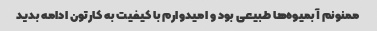
ممنونم آبمیوه‌ها طبیعی بود و امیدوارم با کیفیت به کارتون ادامه بدید